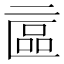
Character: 𠄾